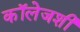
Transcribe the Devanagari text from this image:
कॉलेजशी